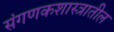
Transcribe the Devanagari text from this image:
संगणकशास्त्रातील